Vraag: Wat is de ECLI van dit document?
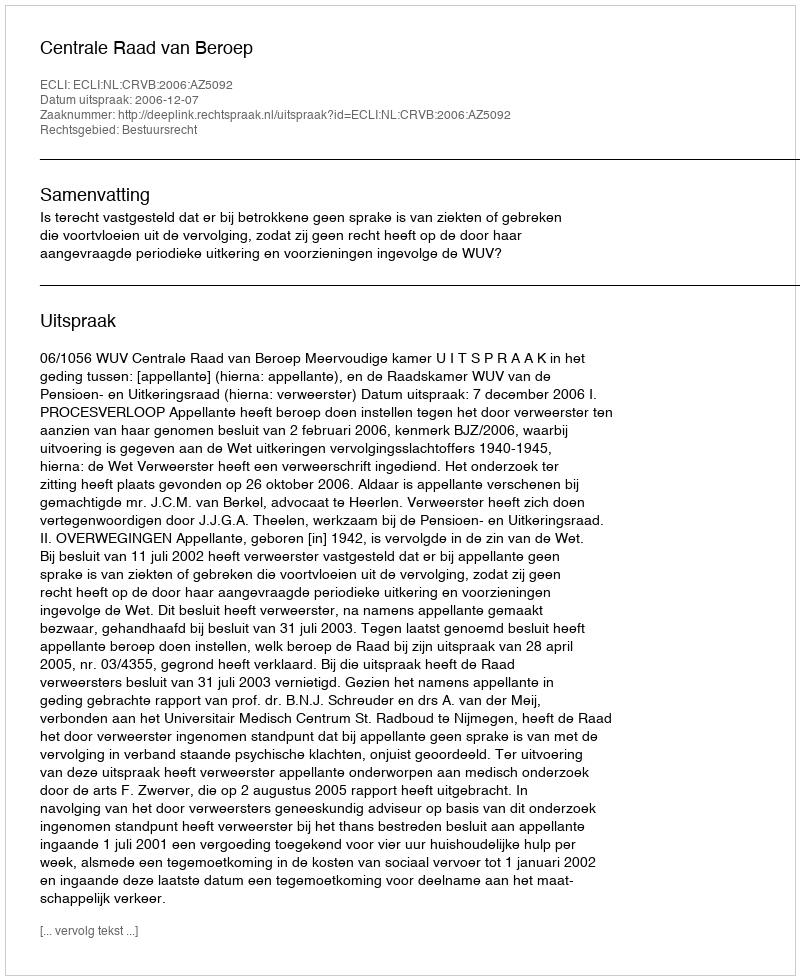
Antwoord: ECLI:NL:CRVB:2006:AZ5092